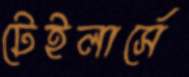
টেইলার্সে